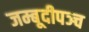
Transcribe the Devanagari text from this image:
जम्बूदीपञ्च